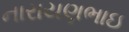
નારાયણભાઇ